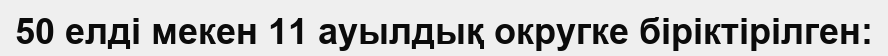
50 елді мекен 11 ауылдық округке біріктірілген: